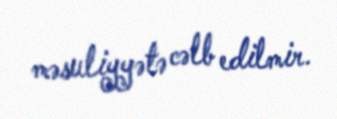
məsuliyyətə cəlb edilmir.